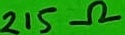
Text: 215Ω